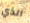
الذي